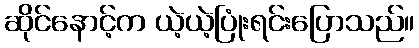
ဆိုင်နောင့်က ယဲ့ယဲ့ပြုံးရင်းပြောသည်။